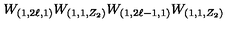
W _ { ( 1 , 2 \ell , 1 ) } W _ { ( 1 , 1 , Z _ { 2 } ) } W _ { ( 1 , 2 \ell - 1 , 1 ) } W _ { ( 1 , 1 , Z _ { 2 } ) }